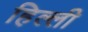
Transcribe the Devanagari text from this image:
हिल्ली